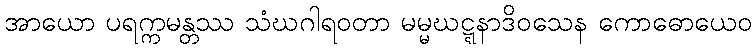
အာယော ပရက္ကမန္တဿ သံဃဂါရဝတာ မမ္မဃဋ္ဋနာဒိဝသေန ကောဓောယေဝ